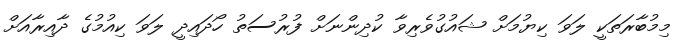
މިމުބާރަތަކީ ލަވަ ކިޔުމަށް ޝައުގުވެރިވާ ކުދިންނަށް ފުރުސަތު ހޯދައިދީ ލަވަ ކިއުމުގެ ދާއިރާއަށް